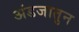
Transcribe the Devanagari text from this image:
अंडजातुन